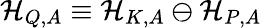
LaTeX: \mathcal{H}_{Q,A}\equiv\mathcal{H}_{K,A}\ominus\mathcal{H}_{P,A}